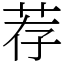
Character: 荐